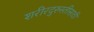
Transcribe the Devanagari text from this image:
शरीरदुरुस्तीसाठी